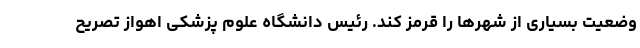
وضعیت بسیاری از شهرها را قرمز کند. رئیس دانشگاه علوم پزشکی اهواز تصریح